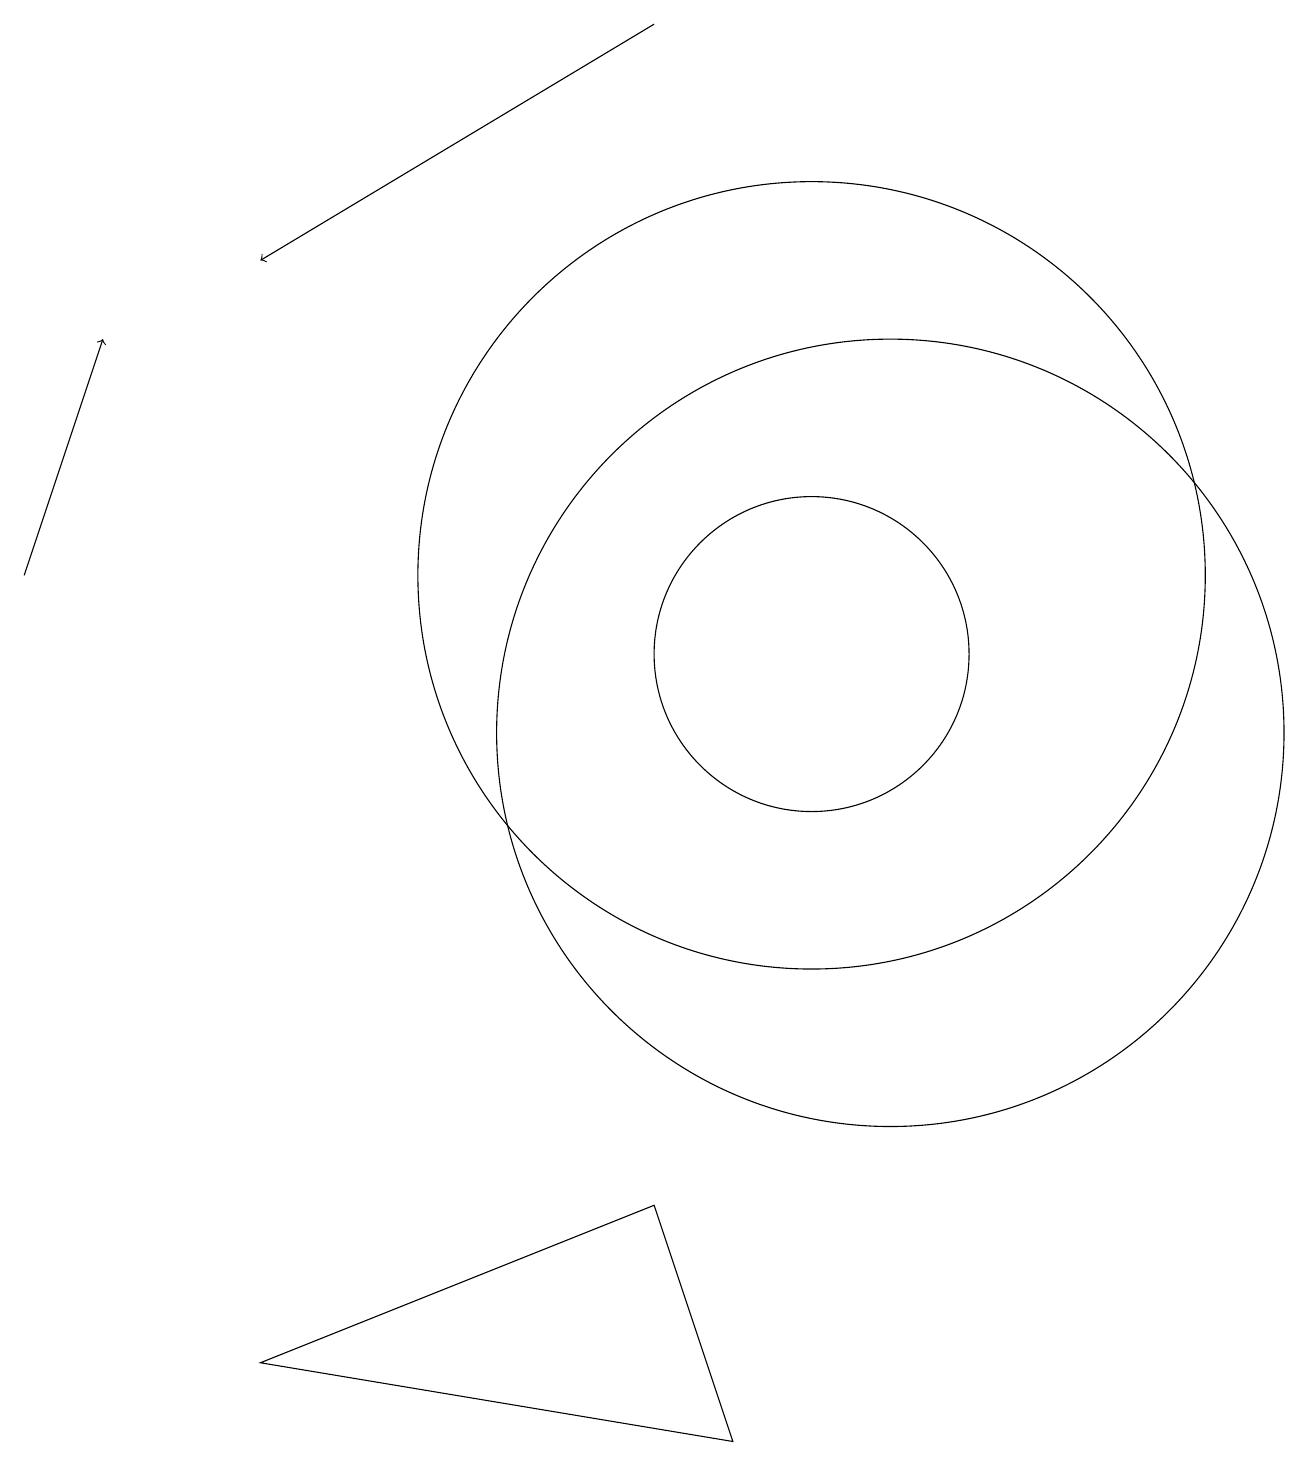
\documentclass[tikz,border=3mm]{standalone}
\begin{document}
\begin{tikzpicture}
\draw[->] (0,12) -- (1,15);
\draw (10,11) circle (2);
\draw (11,10) circle (5);
\draw (10,12) circle (5);
\draw[->] (8,19) -- (3,16);
\draw (8,4) -- (9,1) -- (3,2) -- cycle;
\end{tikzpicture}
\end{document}